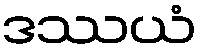
ဒဿယံ